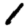
Digit: 1